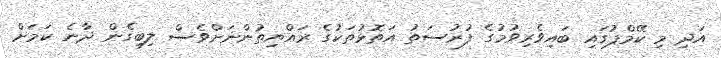
އަދި މި ކޭމްޕުގައި ބައިވެރިވުމުގެ ފުރުސަތު އަތޮޅުތަކުގެ ރައްޔިތުންނަށްވެސް ލިބިގެން ދާނެ ކަމަށް